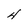
Character: 4